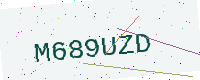
Text: M689UZD